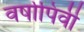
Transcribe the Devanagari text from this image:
वर्षापिर्वी